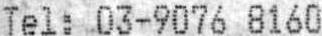
TEL: 03-9076 8160